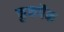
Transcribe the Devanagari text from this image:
कुकपैक